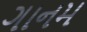
ગાનમ